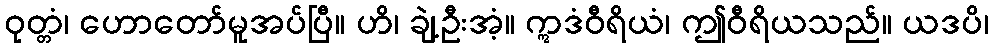
ဝုတ္တံ၊ ဟောတော်မူအပ်ပြီ။ ဟိ၊ ချဲ့ဦးအံ့။ ဣဒံဝီရိယံ၊ ဤဝီရိယသည်။ ယဒပိ၊